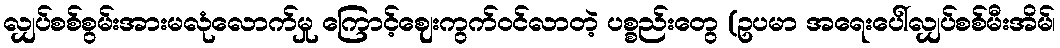
လျှပ်စစ်စွမ်းအားမလုံလောက်မှု ကြောင့်ဈေးကွက်ဝင်လာတဲ့ ပစ္စည်းတွေ (ဥပမာ အရေးပေါ်လျှပ်စစ်မီးအိမ်၊